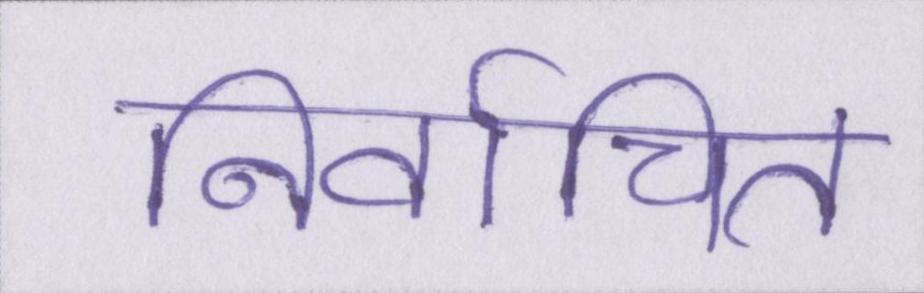
निर्वाचित